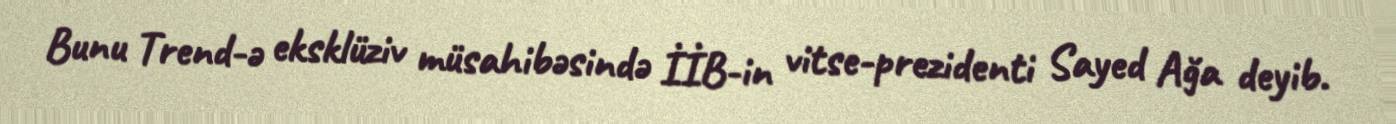
Bunu Trend-ə eksklüziv müsahibəsində İİB-in vitse-prezidenti Sayed Ağa deyib.